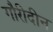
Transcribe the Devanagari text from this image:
गौरीदीन